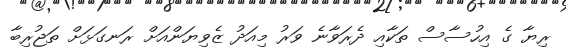
ރިޔާ ގެ އިހުސާސް ތަކާއި ދެރަވާނެ ވަރު މިއަދު ޒެވިޔަންއަށް ރަނގަޅަށް ތަޖުރިބާ